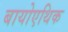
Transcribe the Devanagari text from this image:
बायोएथिक